Report of the Indian Hemp Drugs Commission, 1894-1895 - Volume V
Year: 1894
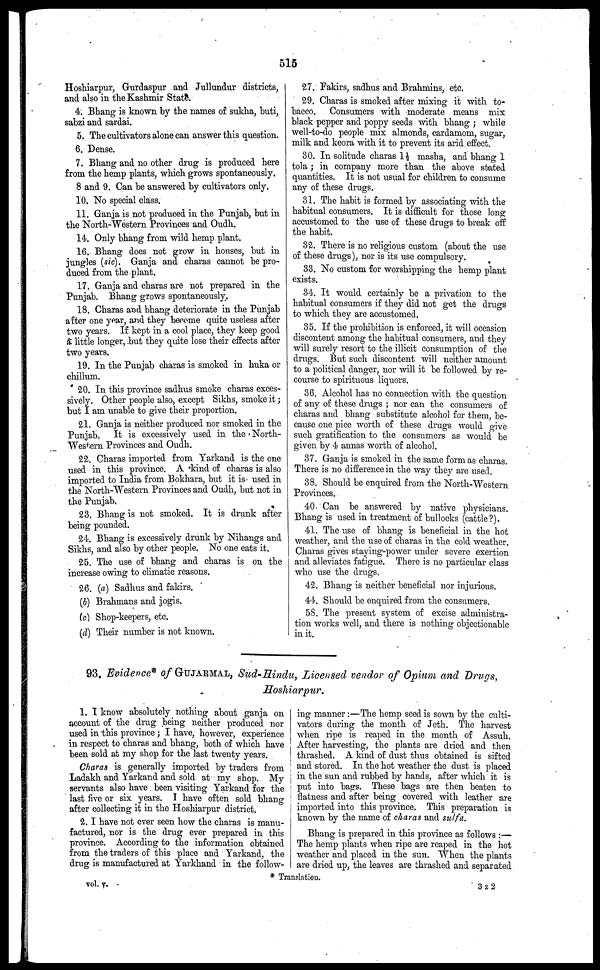
515
Hoshiarpur, Gurdaspur and Jullundur districts,
and also in the Kashmir State.
4. Bhang is known by the names of sukka, buti,
sabzi and sardai.
5. The cultivators alone can answer this question.
6. Dense.
7. Bhang and no other drug is produced here
from the hemp plants, which grows spontaneously.
8 and 9. Can be answered by cultivators only.
10. No special class.
11. Ganja is not produced in the Punjab, but in
the North-Western Provinces and Oudh.
14. Only bhang from wild hemp plant.
16. Bhang does not grow in houses, but in
jungles (sic). Ganja and charas cannot be pro-
duced from the plant.
17. Ganja and charas are not prepared in the
Punjab. Bhang grows spontaneously.
18. Charas and bhang deteriorate in the Punjab
after one year, and they become quite useless after
two years. If kept in a cool place, they keep good
a little longer, but they quite lose their effects after
two years.
19. In the Punjab charas is smoked in huka or
chillum.
20. In this province sadhus smoke charas exces-
sively. Other people also, except Sikhs, smoke it;
but I am unable to give their proportion.
21. Ganja is neither produced nor smoked in the
Punjab.
It is excessively used in the North-
Western Provinces and Oudh.
22. Charas imported from Yarkand is the one
used in this province. A kind of charas is also
imported to India from Bokhara, but it is used in
the North-Western Provinces and Oudh, but not in
the Punjab.
23. Bhang is not smoked. It is drunk after
being pounded.
24. Bhang is excessively drunk by Nihangs and
Sikhs, and also by other people. No one eats it.
25. The use of bhang and charas is on the
increase owing to climatic reasons.
26. (a) Sadhus and fakirs.
(b) Brahmans and jogis.
(c) Shop-keepers, etc.
(d) Their number is not known.
27. Fakirs, sadhus and Brahmins, etc.
29. Charas is smoked after mixing it with to-
bacco. Consumers with moderate means mix
black pepper and poppy seeds with bhang ; while
well-to-do people mix almonds, cardamom, sugar,
milk and keora with it to prevent its arid effect.
30. In solitude charas 1½ masha, and bhang 1
tola ; in company more than the above stated
quantities. It is not usual for children to consume
any of these drugs.
31. The habit is formed by associating with the
habitual consumers. It is difficult for those long
accustomed to the use of these drugs to break off
the habit.
32. There is no religious custom (about the use
of these drugs), nor is its use compulsory.
33. No custom for worshipping the hemp plant
exists.
34. It would certainly be a privation to the
habitual consumers if they did not get the drugs
to which they are accustomed.
35. If the prohibition is enforced, it will occasion
discontent among the habitual consumers, and they
will surely resort to the illicit consumption of the
drugs. But such discontent will neither amount
to a political danger, nor will it be followed by re-
course to spirituous liquors.
36. Alcohol has no connection with the question
of any of these drugs ; nor can the consumers of
charas and bhang substitute alcohol for them, be-
cause one pice worth of these drugs would give
such gratification to the consumers as would be
given by 4 annas worth of alcohol.
37. Ganja is smoked in the same form as charas.
There is no difference in the way they are used.
38. Should be enquired from the North-Western
Provinces.
40. Can be answered by native physicians.
Bhang is used in treatment of bullocks (cattle?).
41. The use of bhang is beneficial in the hot
weather, and the use of charas in the cold weather.
Charas gives staying-power under severe exertion
and alleviates fatigue. There is no particular class
who use the drugs.
42. Bhang is neither beneficial nor injurious.
44. Should be enquired from the consumers.
58. The present system of excise administra-
tion works well, and there is nothing objectionable
in it.
93. Evidence* of GUJARMAL , Sud-Hindu, Licensed vendor of Opium and Drugs,
Hoshiarpur.
1. I know absolutely nothing about ganja on
account of the drug being neither produced nor
used in this province ; I have, however, experience
in respect to charas and bhang, both of which have
been sold at my shop for the last twenty years.
Charas is generally imported by traders from
Ladakh and Yarkand and sold at my shop. My
servants also have been visiting Yarkand for the
last five or six years. I have often sold bhang
after collecting it in the Hoshiarpur district.
2. I have not ever seen how the charas is manu-
factured, nor is the drug ever prepared in this
province. According to the information obtained
from the traders of this place and Yarkand, the
drug is manufactured at Yarkhand in the follow-
ing manner :—The hemp seed is sown by the culti-
vators during the month of Jeth. The harvest
when ripe is reaped in the month of Assuh.
After harvesting, the plants are dried and then
thrashed. A kind of dust thus obtained is sifted
and stored. In the hot weather the dust is placed
in the sun and rubbed by hands, after which it is
put into bags. These bags are then beaten to
flatness and after being covered with leather are
imported into this province. This preparation is
known by the name of charas and sulfa.
Bhang is prepared in this province as follows :—
The hemp plants when ripe are reaped in the hot
weather and placed in the sun. When the plants
are dried up, the leaves are thrashed and separated
vol. v.
* Translation.
3 Z 2